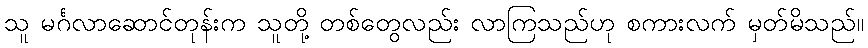
သူ မင်္ဂလာဆောင်တုန်းက သူတို့ တစ်တွေလည်း လာကြသည်ဟု စကားလက် မှတ်မိသည်။